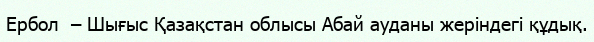
Ербол  – Шығыс Қазақстан облысы Абай ауданы жеріндегі құдық.